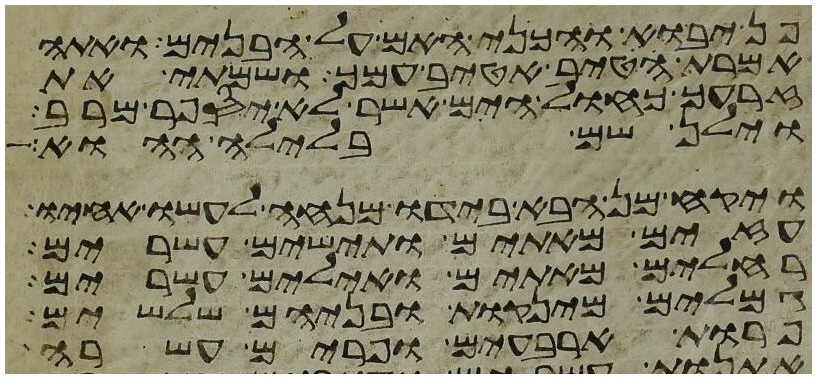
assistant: פן יבוא והכני האם על הבנים ואתה
אמרת הטיב אטיב עמך ושמתי את
זרעך כחול הים אשר לא יספר מרב
וילן שם בלילה ההוא
ויקח מן הבא בידו מנחה לעשו אחיו
עזים מאתים ותישים עשרים
רחלים מאתים ואילים עשרים
גמלים מינקות ובניהם שלשים
פרות ארבעים ופרים עשרה